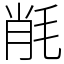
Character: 㲖